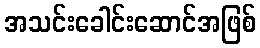
အသင်းခေါင်းဆောင်အဖြစ်